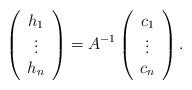
LaTeX: \begin{align*}\left( \begin{array}{c} h_1 \\ \vdots \\ h_n \end{array} \right) = A^{-1} \left( \begin{array}{c} c_1 \\ \vdots \\ c_n \end{array} \right) . \end{align*}